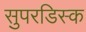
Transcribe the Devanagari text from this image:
सुपरडिस्क